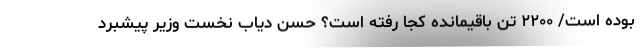
بوده است/ ۲۲۰۰ تن باقیمانده کجا رفته است؟ حسن دیاب نخست وزیر پیشبرد